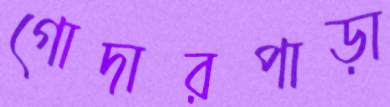
গোদারপাড়া